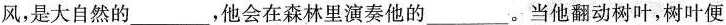
风，是大自然的___，他会在森林里演奏他的___。当他翻动树叶，树叶便